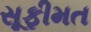
સૂફીમત